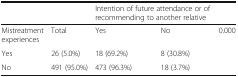
<table><thead><tr><td></td><td></td><td colspan="2"><b>Intention of future attendance or of recommending to another relative</b></td><td></td></tr></thead><tbody><tr><td>Mistreatment experiences</td><td>Total</td><td>Yes</td><td>No</td><td>0.000</td></tr><tr><td>Yes</td><td>26 (5.0%)</td><td>18 (69.2%)</td><td>8 (30.8%)</td><td></td></tr><tr><td>No</td><td>491 (95.0%)</td><td>473 (96.3%)</td><td>18 (3.7%)</td><td></td></tr></tbody></table>